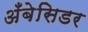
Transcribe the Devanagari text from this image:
अँबेसिडर